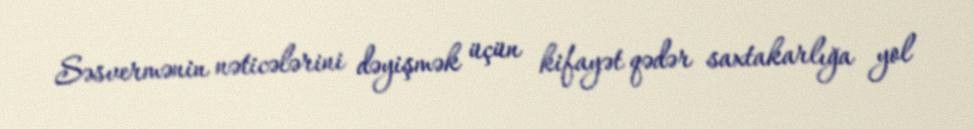
Səsvermənin nəticələrini dəyişmək üçün kifayət qədər saxtakarlığa yol